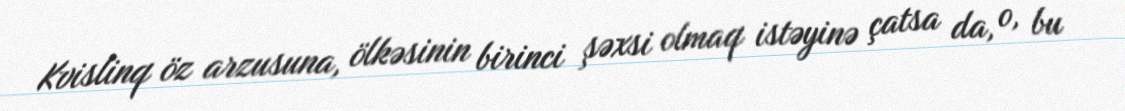
Kvislinq öz arzusuna, ölkəsinin birinci şəxsi olmaq istəyinə çatsa da, o, bu